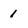
Character: 1